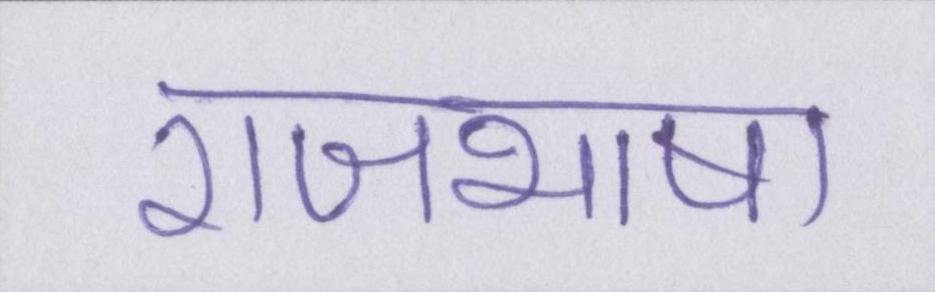
राजभाषा